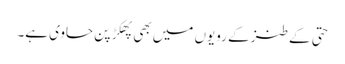
حتی کے طنز کے رویوں میں بھی پھکڑ پن حاوی ہے۔